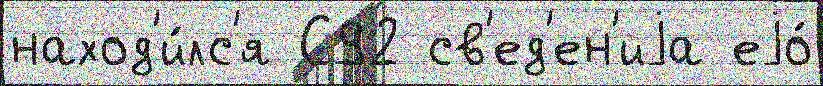
наход'и́лс'я С92 св'ед'ен'иjа еjо́